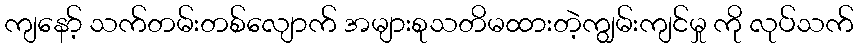
ကျနော့် သက်တမ်းတစ်လျောက် အများစုသတိမထားတဲ့ကျွမ်းကျင်မှု ကို လုပ်သက်